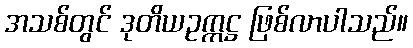
အသစ်တွင် ဒုတိယဥက္ကဋ္ဌ ဖြစ်လာပါသည်။